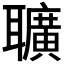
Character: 𦘅